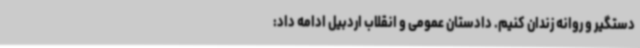
دستگیر و روانه زندان کنیم. دادستان عمومی و انقلاب اردبیل ادامه داد: